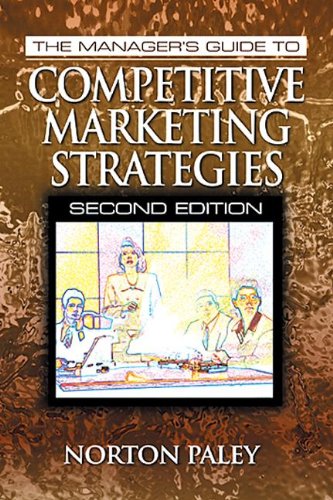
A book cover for The Manager's Guide to Competitive Marketing Strategies, Second Edition; Norton Paley; Business & Money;